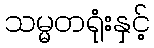
သမ္မတရုံးနှင့်